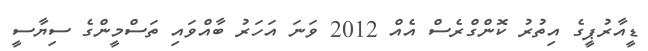
ޑީއާރުޕީގެ އިތުރު ކޮންގްރެސް އެއް 2012 ވަނަ އަހަރު ބާއްވައި ތަސްމީންގެ ސިޔާސީ